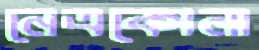
নেত্রকোনা